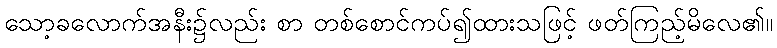
သော့ခလောက်အနီး၌လည်း စာ တစ်စောင်ကပ်၍ထားသဖြင့် ဖတ်ကြည့်မိလေ၏။